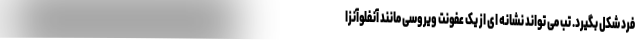
فرد شکل بگیرد. تب می تواند نشانه ای از یک عفونت ویروسی مانند آنفلوآنزا